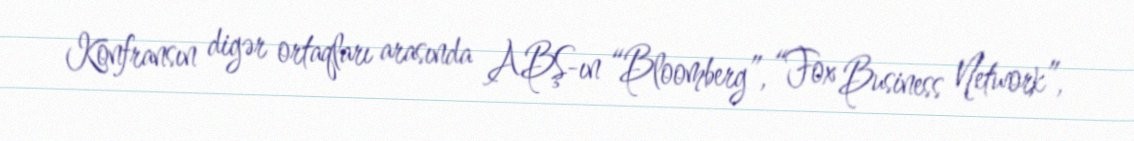
Konfransın digər ortaqları arasında ABŞ-ın “Bloomberg”, “Fox Business Network”,